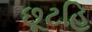
છૂટહિ